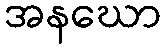
အနဃော